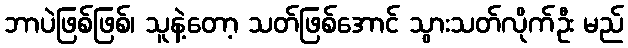
ဘာပဲဖြစ်ဖြစ်၊ သူနဲ့တော့ သတ်ဖြစ်အောင် သွားသတ်လိုက်ဦး မည်